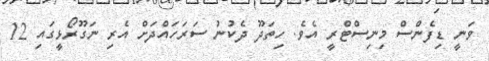
ވަނީ ޑިފެންސް މިނިސްޓްރީ އެވެ. ހިތަދޫ ދެކުނު ސަރަހައްދަށް އެރި ނަގޫރޯޅީގައި 12